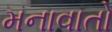
મનાવાતો